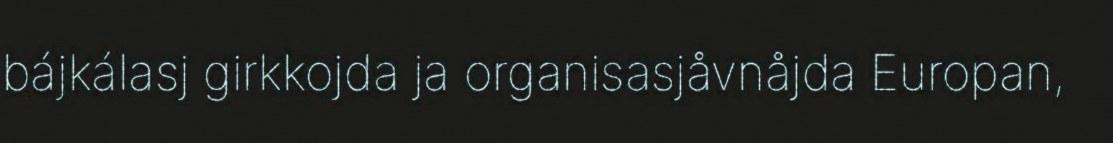
bájkálasj girkkojda ja organisasjåvnåjda Europan,